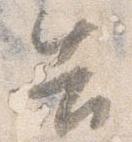
告